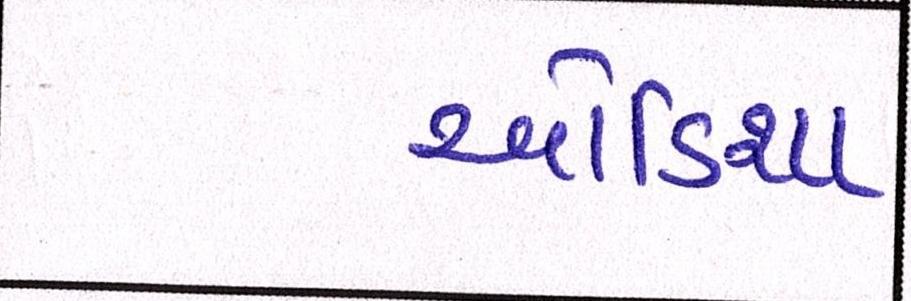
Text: ઓડિશા